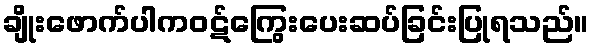
ချိုးဖောက်ပါကဝဋ်ကြွေးပေးဆပ်ခြင်းပြုရသည်။